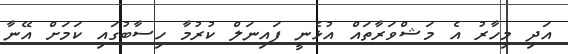
އަދި މިހާރު އެ މަޝްވަރާތައް އުޅެނީ ފައިނަލް ކުރުމާ ހިސާބުގައި ކަމަށް އޭނާ